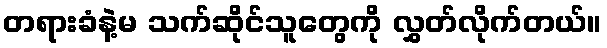
တရားခံနဲ့မ သက်ဆိုင်သူတွေကို လွှတ်လိုက်တယ်။